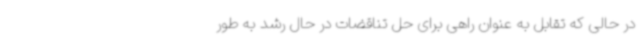
در حالی که تقابل به عنوان راهی برای حل تناقضات در حال رشد به طور